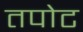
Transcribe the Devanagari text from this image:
तपोट